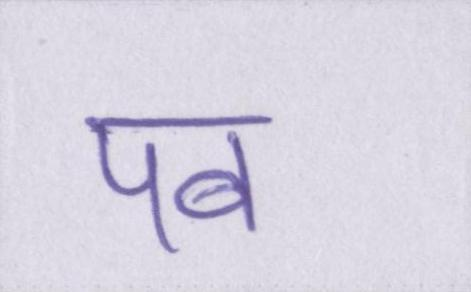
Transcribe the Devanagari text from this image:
पब